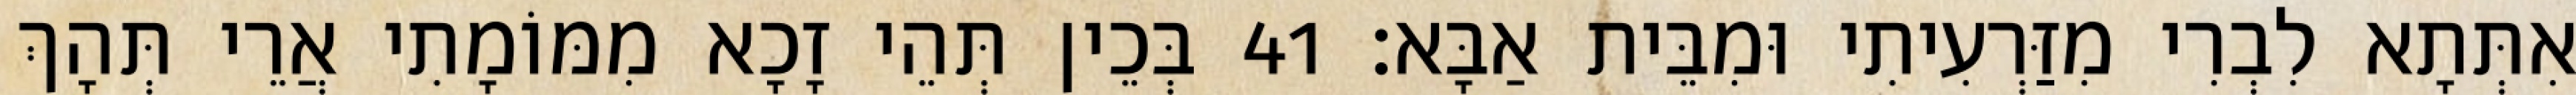
אִתְּתָא לִבְרִי מִזַּרְעִיתִי וּמִבֵּית אַבָּא׃ 41 בְּכֵין תְּהֵי זָכָא מִמּוֹמָתִי אֲרֵי תְּהָךְ